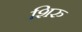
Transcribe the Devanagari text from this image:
शिरु